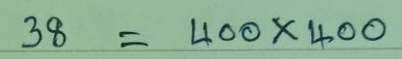
38 = 400 x 400